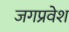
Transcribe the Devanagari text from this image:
जगप्रवेश